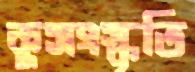
কুসংস্কৃতি